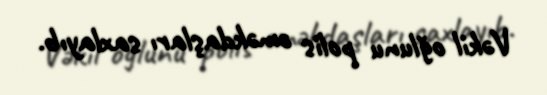
Vəkil oğlunu polis əməkdaşları saxlayıb.